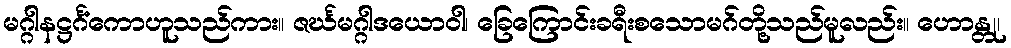
မဂ္ဂါနဋ္ဌင်္ဂံကောဟူသည်ကား။ ဇင်္ဃမဂ္ဂါဒယောဝါ၊ ခြေကြောင်းခရီးစသောမဂ်တို့သည်မူလည်း။ ဟောန္တု၊